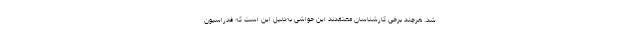
شد. هرچند برخی کارشناسان معتقدند این حواشی به‌دلیل این است که فدراسیون